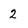
Character: 2